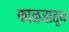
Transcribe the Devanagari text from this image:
काळजातून